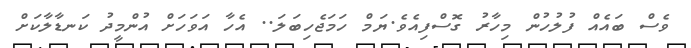
ވެސް ބައެއް ފުލުހުން މިހާރު ގޮސްފިއެވެ.ޔަމް ހަމަޖެހިބަލަ.. އެހާ އަވަހަށް އުންމީދު ކަނޑާލާކަށް